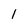
Character: l